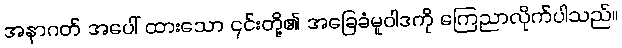
အနာဂတ် အပေါ် ထားသော ၎င်းတို့၏ အခြေခံမူဝါဒကို ကြေညာလိုက်ပါသည်။